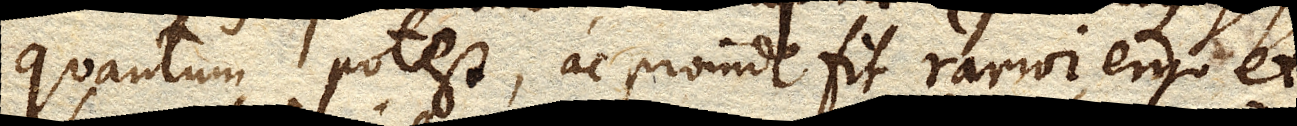
quantum potest, ac proinde fit rarior, ergo et